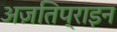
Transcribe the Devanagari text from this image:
अज़तिप्राइन